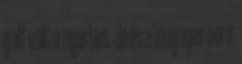
golf volt a nyertes. Ja és a lényeges pont